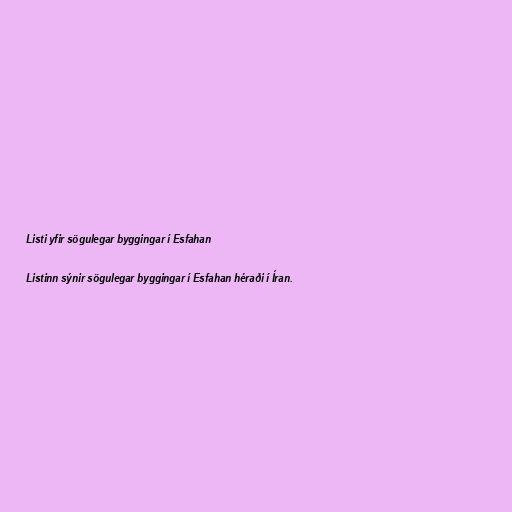
Listi yfir sögulegar byggingar í Esfahan

Listinn sýnir sögulegar byggingar í Esfahan héraði í Íran.